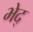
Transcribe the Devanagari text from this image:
भेद्